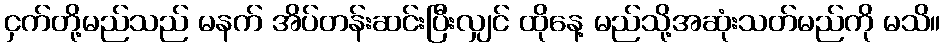
ငှက်တို့မည်သည် မနက် အိပ်တန်းဆင်းပြီးလျှင် ထိုနေ့ မည်သို့အဆုံးသတ်မည်ကို မသိ။